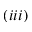
( i i i )